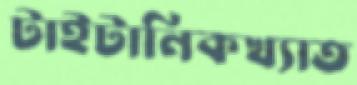
টাইটানিকখ্যাত